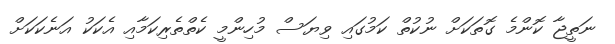
ނަތީޖާ ކޮންމެ ގޮތަކަށް ނުކުތް ކަމުގައި ވިޔަސް މުހިންމީ ކެތްތެރިކަމާއި އެކަކު އަނެކަކަށް